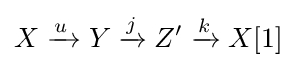
X\xrightarrow {u\,} Y\xrightarrow {j} Z'\xrightarrow {k} X[1]